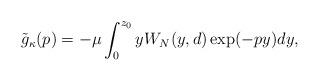
LaTeX: \begin{align*} \tilde g_{\kappa}(p)= - \mu \int_0^{z_0} y W_N(y,d) \exp(-py) dy, \end{align*}